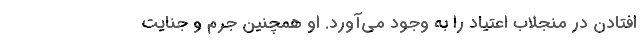
افتادن در منجلاب اعتیاد را به وجود می‌آورد. او همچنین جرم و جنایت